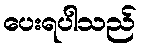
ပေးရပါသည်